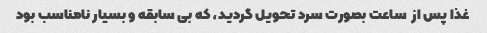
غذا پس از  ساعت بصورت سرد تحویل گردید، که بی سابقه و بسیار نامناسب بود